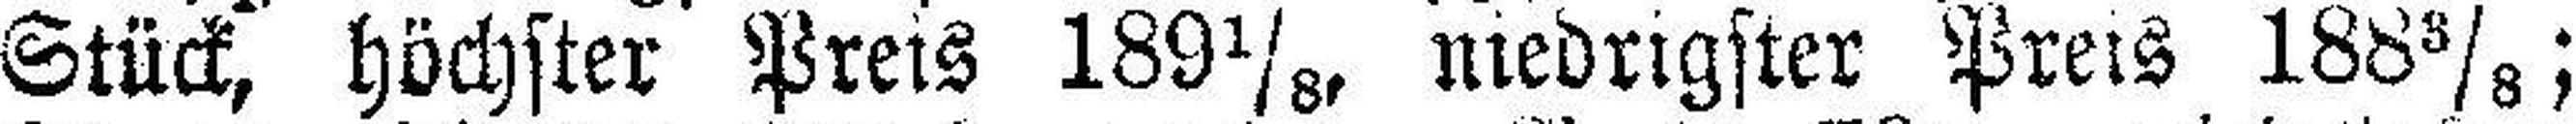
Stück, höchster Preis 189⅛, niedrigster Preis 188⅜;